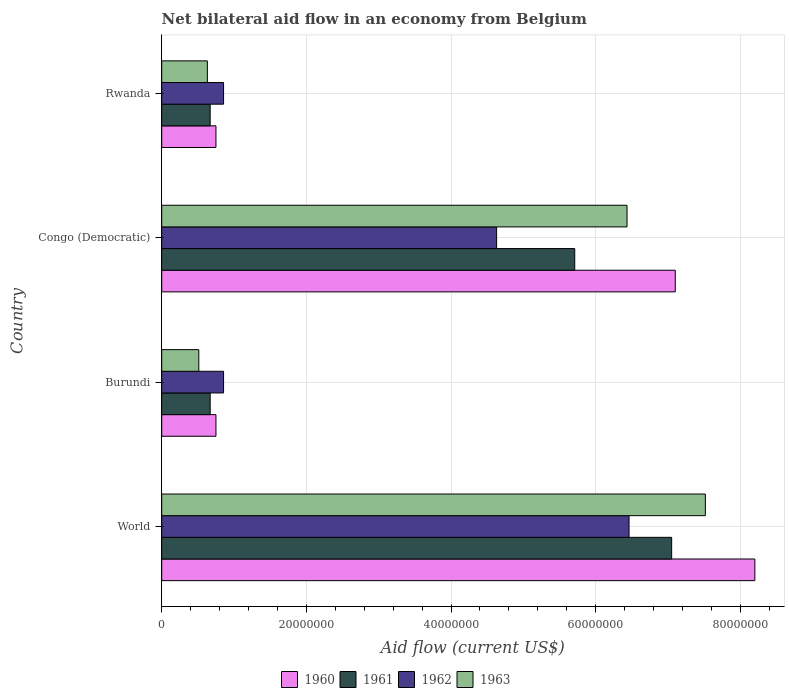
| Country | 1960 | 1961 | 1962 | 1963 |
 | --- | --- | --- | --- | --- |
 | World | 8.2e+07 | 7.05e+07 | 6.46e+07 | 7.52e+07 |
 | Burundi | 7.5e+06 | 6.7e+06 | 8.55e+06 | 5.13e+06 |
 | Congo (Democratic) | 7.1e+07 | 5.71e+07 | 4.63e+07 | 6.43e+07 |
 | Rwanda | 7.5e+06 | 6.7e+06 | 8.55e+06 | 6.31e+06 |